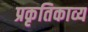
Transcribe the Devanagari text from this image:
प्रकृतिकाव्य